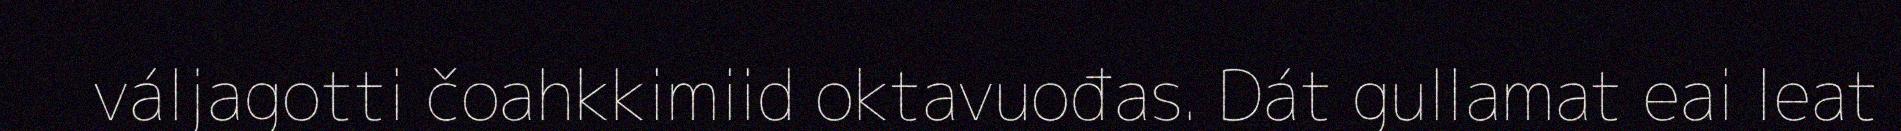
váljagotti čoahkkimiid oktavuođas. Dát gullamat eai leat